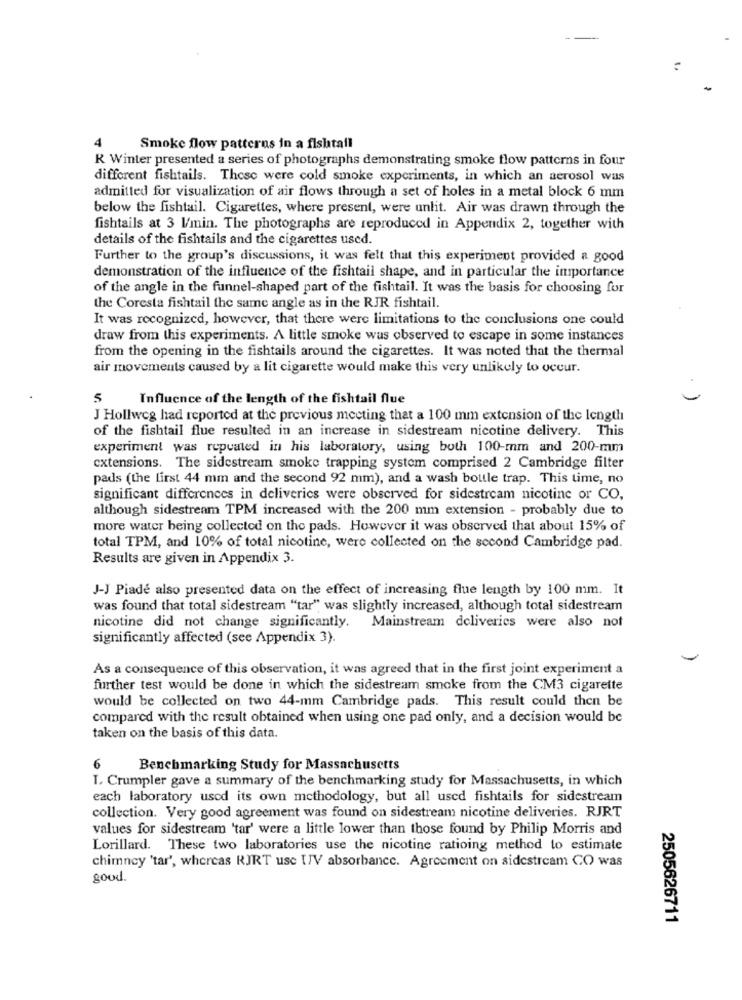
4
Smoke flow patterns in a fishtail
R Winter presented a series of photographs demonstrating smoke flow patterns in four
different fishtails. These were cold smoke experiments, in which an aerosol was
admitted for visualization of air flows through a set of holes in a metal block 6 mm
below the fishtail. Cigarettes, where present, were unlit. Air was drawn through the
fishtails at 3 l/min. The photographs are reproduced in Appendix 2, together with
details of the fishtails and the cigarettes used.
Further to the group's discussions, it was felt that this experiment provided a good
demonstration of the influence of the fishtail shape, and in particular the importance
of the angle in the funnel-shaped part of the fishtail. It was the basis for choosing for
the Coresta fishtail the same angle as in the RJR fishtail.
It was recognized, however, that there were limitations to the conclusions one could
draw from this experiments. A little smoke was observed to escape in some instances
from the opening in the fishtails around the cigarettes. It was noted that the thermal
air movements caused by a lit cigarette would make this very unlikely to occur.
5
Influence of the length of the fishtail flue
J Hollweg had reported at the previous meeting that a 100 mm extension of the length
of the fishtail flue resulted in an increase in sidestream nicotine delivery. This
experiment was repeated in his laboratory, using both 100-mm and 200-mm
extensions. The sidestream smoke trapping system comprised 2 Cambridge filter
pads (the first 44 mm and the second 92 mm), and a wash bottle trap. This time, no
significant differences in deliveries were observed for sidestream nicotine or CO.
although sidestream TPM increased with the 200 mm extension - probably due to
more water being collected on the pads. However it was observed that about 15% of
total TPM, and 10% of total nicotine, were collected on the second Cambridge pad.
Results are given in Appendix 3.
J-J Piade also presented data on the effect of increasing flue length by 100 mm. It
was found that total sidestream "tar" was slightly increased, although total sidestream
nicotine did not change significantly.
Mainstream deliveries were also not
significantly affected (see Appendix 3).
As a consequence of this observation, it was agreed that in the first joint experiment a
further test would be done in which the sidestream smoke from the CM3 cigarette
would be collected on two 44-mm Cambridge pads. This result could then be
compared with the result obtained when using one pad only, and a decision would be
taken on the basis of this data.
6
Benchmarking Study for Massachusetts
1. Crumpler gave a summary of the benchmarking study for Massachusetts, in which
each laboratory used its own methodology, but all used fishtails for sidestream
collection. Very good agreement was found on sidestream nicotine deliveries. RJRT
values for sidestream 'tar' were a little lower than those found by Philip Morris and
Lorillard. These two laboratories use the nicotine ratioing method to estimate
chimney 'tar', whereas RJRT use [V absorbance. Agreement on sidestream CO was
good.
2505626711